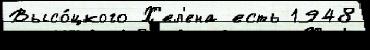
Высо́цкого Х'ел'ена есть 1948